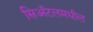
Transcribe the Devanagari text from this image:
सिअॅटलमधील